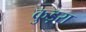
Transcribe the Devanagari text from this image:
कुड़रा